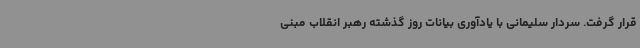
قرار گرفت. سردار سلیمانی با یادآوری بیانات روز گذشته رهبر انقلاب مبنی